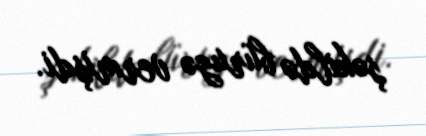
şəkildə büruzə vermişdi.